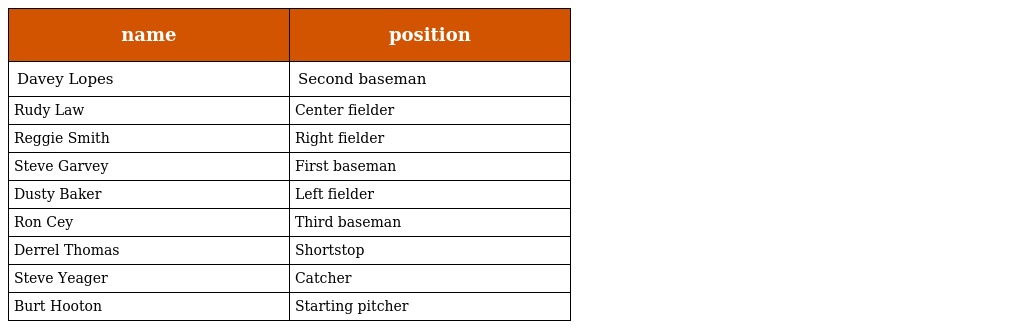
| name | position |
 | --- | --- |
 | Davey Lopes | Second baseman |
 | Rudy Law | Center fielder |
 | Reggie Smith | Right fielder |
 | Steve Garvey | First baseman |
 | Dusty Baker | Left fielder |
 | Ron Cey | Third baseman |
 | Derrel Thomas | Shortstop |
 | Steve Yeager | Catcher |
 | Burt Hooton | Starting pitcher |